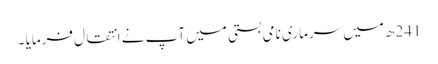
241ھ میں سرماری نامی بستی میں آپ نے انتقال فرمایا ۔